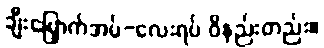
ချီးမြှောက်အပ်-လေးရပ် ဝိနည်းတည်း။